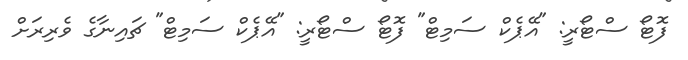
ފޮޓޯ ސްޓޯރީ: "އޭޕެކް ސަމިޓް" ފޮޓޯ ސްޓޯރީ: "އޭޕެކް ސަމިޓް" ޗައިނާގެ ވެރިރަށް